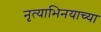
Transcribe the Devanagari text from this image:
नृत्याभिनयाच्या